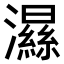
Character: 𤂽